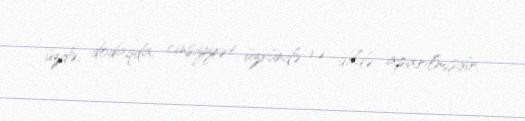
üzdə, dodaqda, cinsiyyət üzvündə və dildə aparılmışdır.